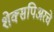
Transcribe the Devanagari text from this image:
शेक्सपिअरचे